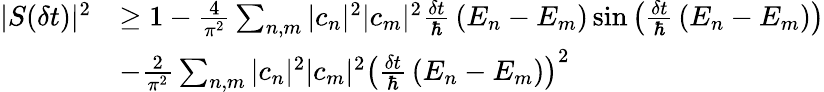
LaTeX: {\begin{array}{rl}{|S(\delta t)|^{2}}&{\geq 1-{\frac{4}{\pi^{2}}}\sum_{n,m}|c_{n}|^{2}|c_{m}|^{2}{\frac{\delta t}{\hbar}}\left(E_{n}-E_{m}\right)\sin\left({\frac{\delta t}{\hbar}}\left(E_{n}-E_{m}\right)\right)}\\ &{-{\frac{2}{\pi^{2}}}\sum_{n,m}|c_{n}|^{2}|c_{m}|^{2}\left({\frac{\delta t}{\hbar}}\left(E_{n}-E_{m}\right)\right)^{2}}\end{array}}